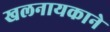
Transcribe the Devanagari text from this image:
खलनायकाने